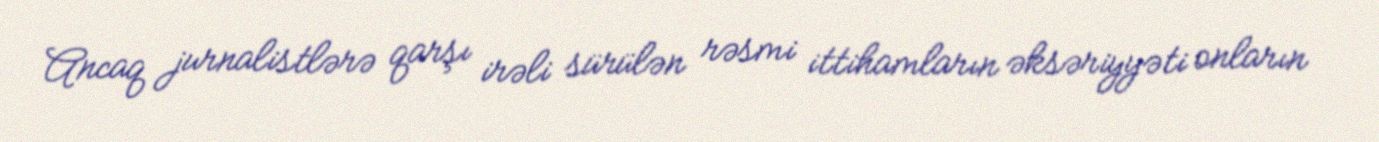
Ancaq jurnalistlərə qarşı irəli sürülən rəsmi ittihamların əksəriyyəti onların